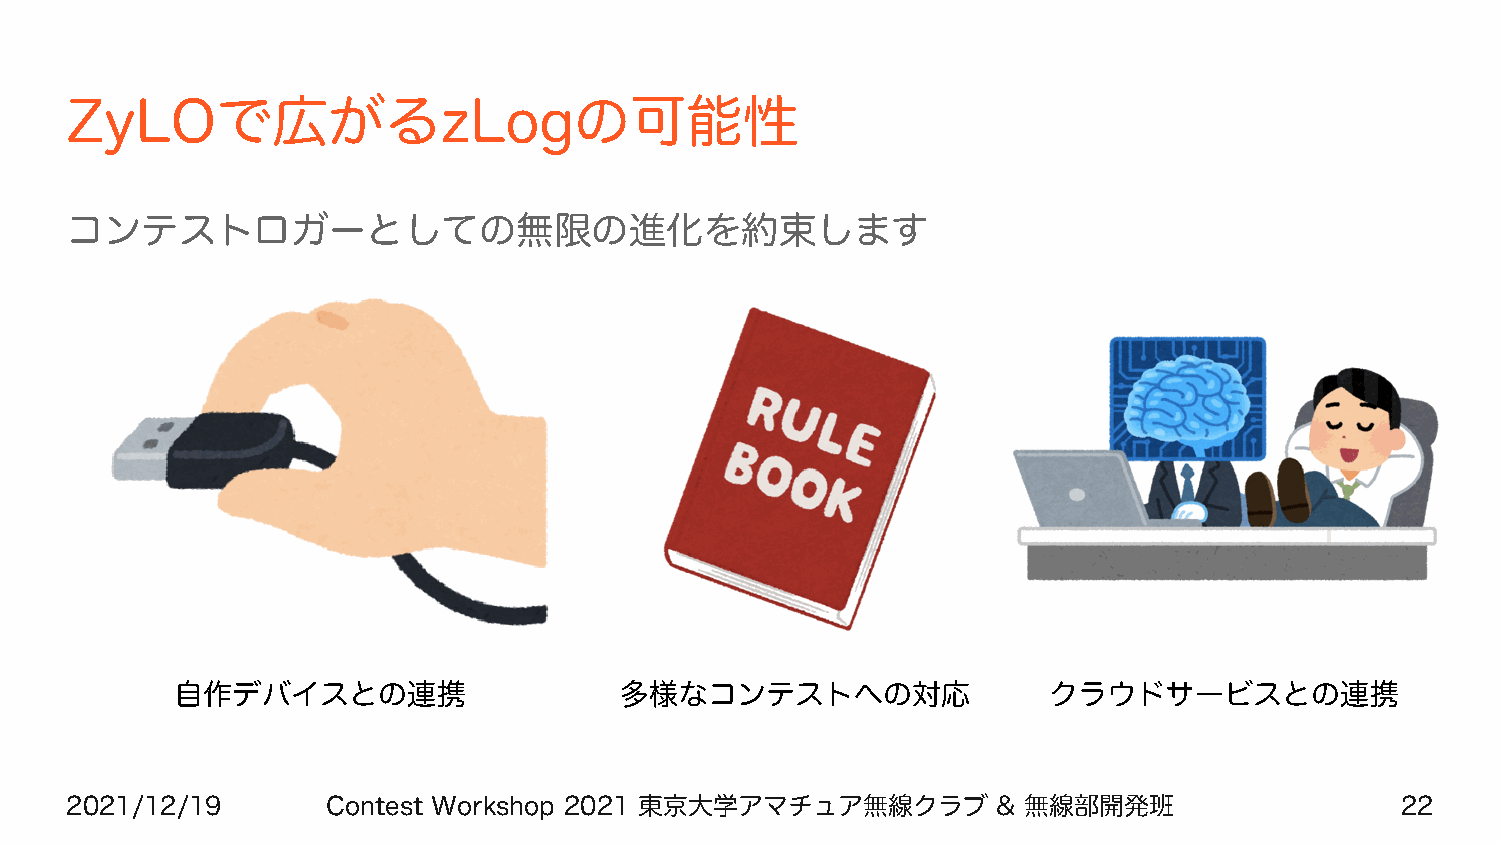
ZyLOで広がるzLogの可能性
 コンテストロガーとしての無限の進化を約束します
 自作デバイスとの連携                   多様なコンテストへの対応                クラウドサービスとの連携
 2021/12/19        Contest Workshop 2021 東京大学アマチュア無線クラブ        & 無線部開発班                   22